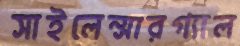
সাইলেন্সারগ্যাল